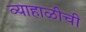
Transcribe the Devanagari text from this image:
व्याहाळीची